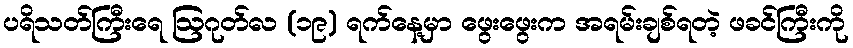
ပရိသတ်ကြီးရေ ဩဂုတ်လ (၁၉) ရက်နေ့မှာ ဖွေးဖွေးက အရမ်းချစ်ရတဲ့ ဖခင်ကြီးကို